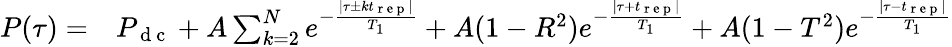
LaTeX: \begin{array}{rl}{P(\tau)=}&{{}P_{\mathrm{~d~c~}}+A\sum_{k=2}^{N}{e^{-\frac{|\tau\pm kt_{\mathrm{~r~e~p~}}|}{T_{1}}}}+A(1-R^{2})e^{-\frac{|\tau+t_{\mathrm{~r~e~p~}}|}{T_{1}}}+A(1-T^{2})e^{-\frac{|\tau-t_{\mathrm{~r~e~p~}}|}{T_{1}}}}\end{array}